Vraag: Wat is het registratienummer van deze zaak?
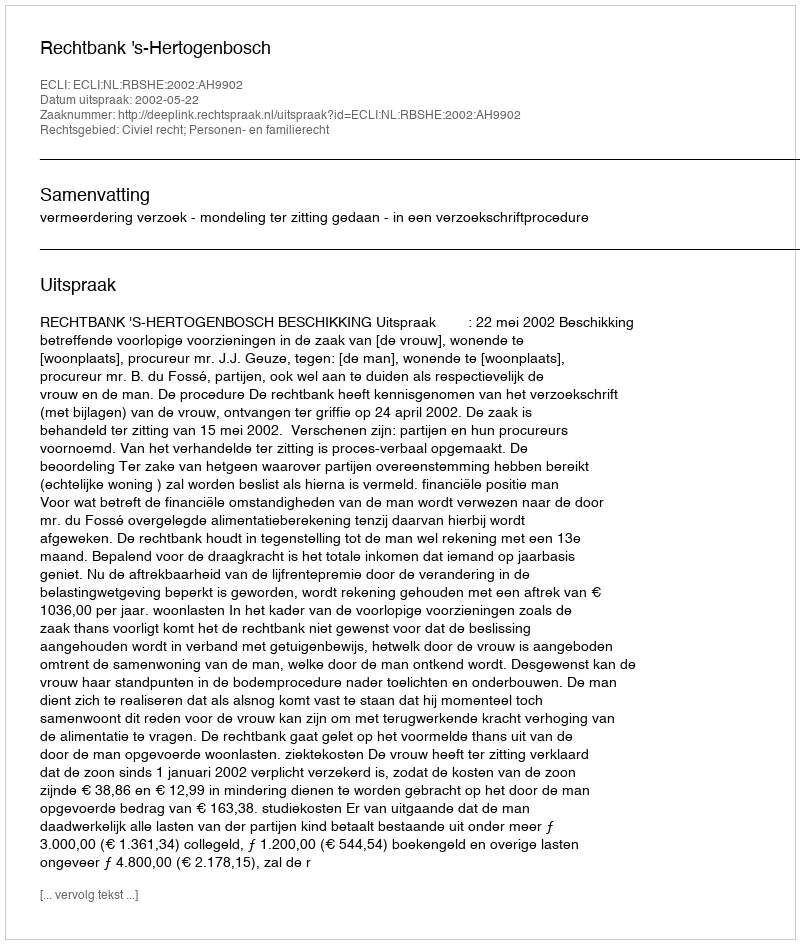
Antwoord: http://deeplink.rechtspraak.nl/uitspraak?id=ECLI:NL:RBSHE:2002:AH9902